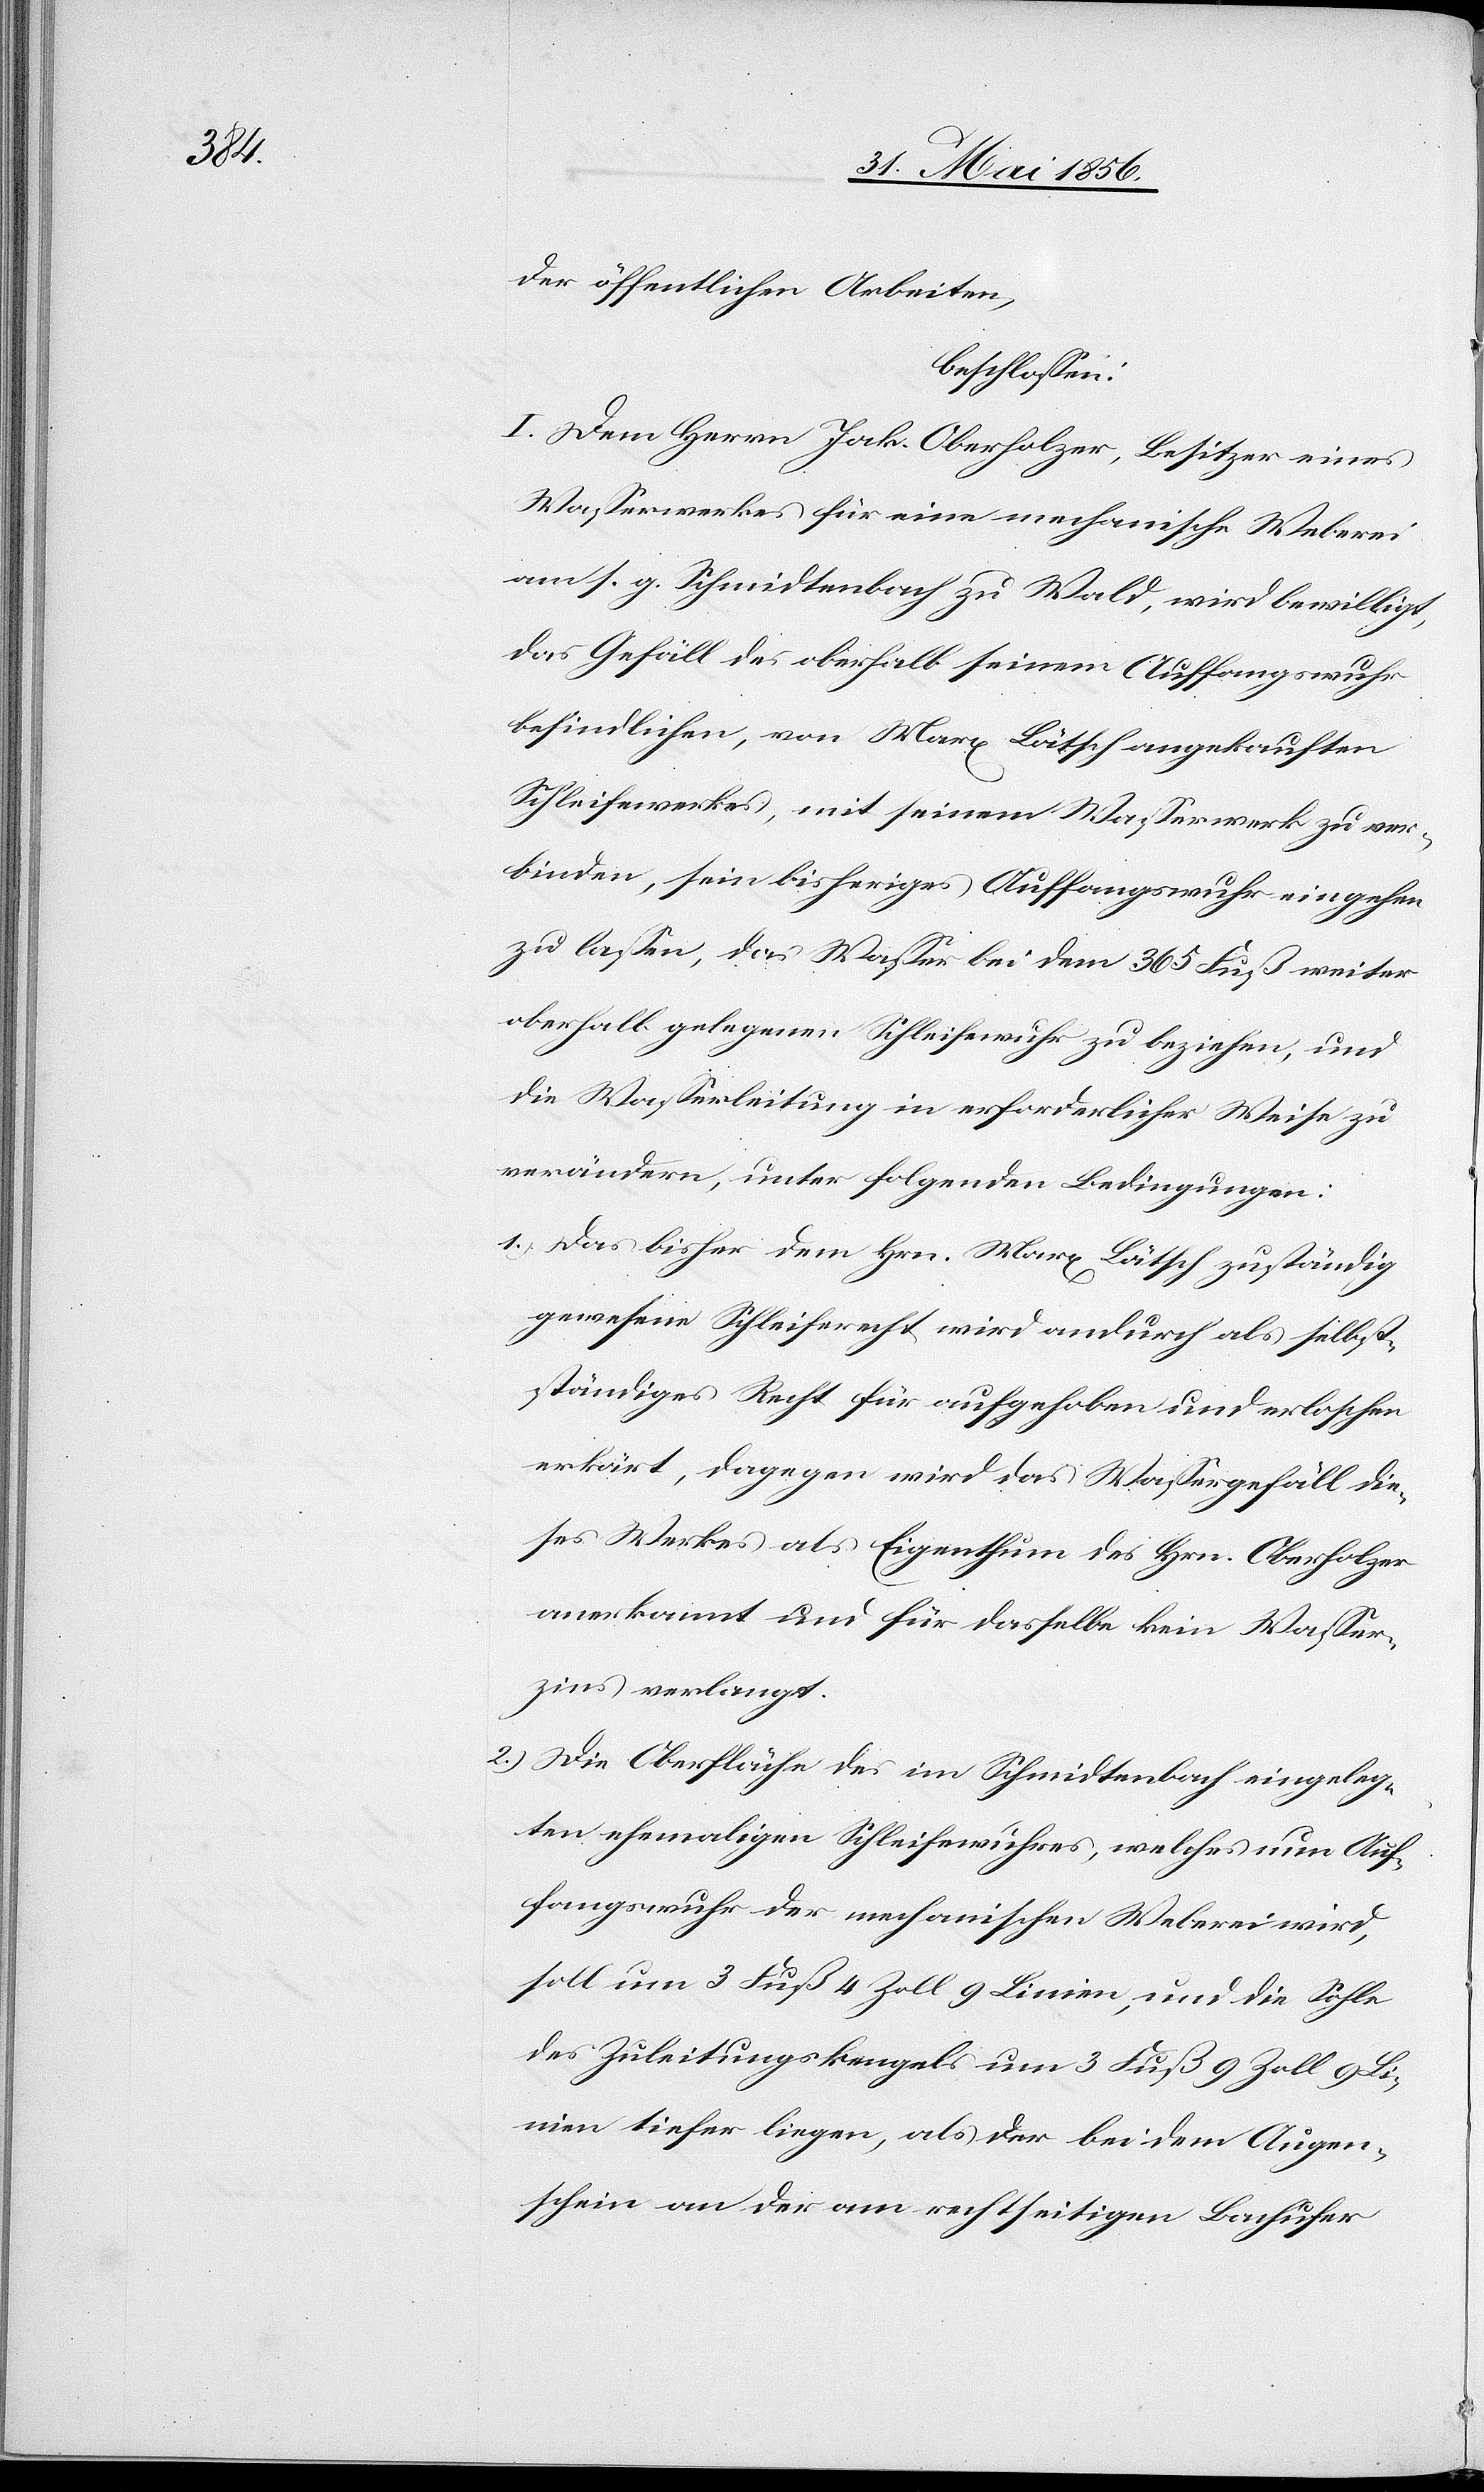
der öffentlichen Arbeiten,
beschlossen:
I. Dem Herrn Jak. Oberholzer, Besitzer eines
Wasserwerkes für eine mechanische Weberei
am s. g. Schmidtenbach zu Wald, wird bewilligt,
das Gefäll der oberhalb seinem Auffangswuhr
befindlichen, von Marx Lätsch angekauften
Schleifewerkes, mit seinem Wasserwerk zu ver¬
binden, sein bisheriges Auffangswuhr eingehen
zu lassen, das Wasser bei dem 365 Fuß weiter
oberhalb gelegenen Schleifewuhr zu beziehen, und
die Wasserleitung in erforderlicher Weise zu
verändern, unter folgenden Bedingungen:
1.) Das bisher dem Hrn. Marx Lätsch zuständig
gewesene Schleiferecht wird andurch als selbst¬
ständiges Recht für aufgehoben und erloschen
erkärt [sic!], dagegen wird das Wassergefäll die¬
ses Werkes als Eigenthum des Hrn. Oberholzer
anerkannt und für dasselbe kein Wasser¬
zins verlangt.
2.) Die Oberfläche des im Schmidtenbach eingeleg¬
ten ehemaligen Schleifewuhres, welches nun Auf¬
fangswuhr der mechanischen Weberei wird,
soll um 3 Fuß 4 Zoll 9 Linien, und die Sohle
des Zuleitungskengels um 3 Fuß 9 Zoll 9 Li¬
nien tiefer liegen, als der bei dem Augen¬
schein an der am rechtseitigen Bachufer